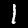
Label: 1